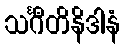
သင်္ဂီတိနိဒါနံ